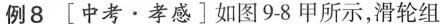
的物体匀速提起，在5s时间内绳子自由端移